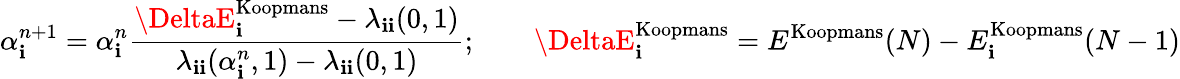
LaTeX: \alpha_{\mathbf{i}}^{n+1}=\alpha_{\mathbf{i}}^{n}\frac{{\DeltaE_{\mathbf{i}}^{\mathrm{{Koopmans}}}-\lambda_{\mathbf{i}\mathbf{i}}(0,1)}}{{\lambda_{\mathbf{i}\mathbf{i}}(\alpha_{\mathbf{i}}^{n},1)-\lambda_{\mathbf{i}\mathbf{i}}(0,1)}};\qquad\DeltaE_{\mathbf{i}}^{\mathrm{{Koopmans}}}=E^{\mathrm{{Koopmans}}}(N)-E_{\mathbf{i}}^{\mathrm{{Koopmans}}}(N-1)